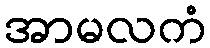
အာမလကံ